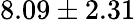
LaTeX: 8.09\pm 2.31